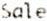
SALE